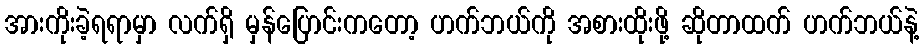
အားကိုးခဲ့ရရာမှာ လက်ရှိ မှန်ပြောင်းကတော့ ဟက်ဘယ်ကို အစားထိုးဖို့ ဆိုတာထက် ဟက်ဘယ်နဲ့